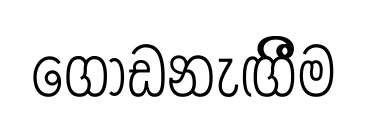
ගොඩනැඟීීම